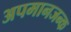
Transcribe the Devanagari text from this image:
अपमानजन्क